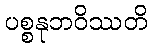
ပစ္စနုဘဝိဿတိ